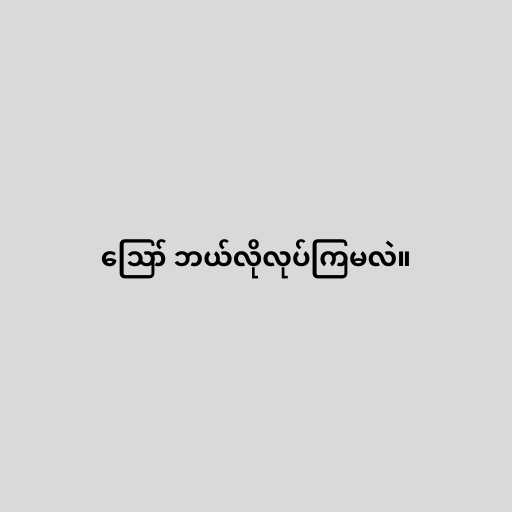
ဪ ဘယ်လိုလုပ်ကြမလဲ။